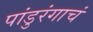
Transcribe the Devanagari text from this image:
पांडुरंगाचं